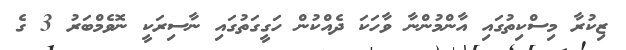
ޒިކުރާ މިސްކިތުގައި އާންމުންނާ ވާހަކަ ދެއްކުން ހަގީގަތުގައި ނާސިރަކީ ނޮވެމްބަރު 3 ގެ